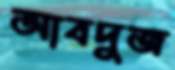
আবদুজ